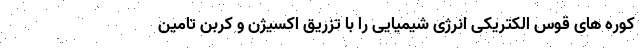
کوره های قوس الکتریکی انرژی شیمیایی را با تزریق اکسیژن و کربن تامین